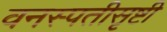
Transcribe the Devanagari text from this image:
वनस्पतीसृष्टी